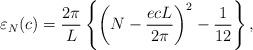
LaTeX: \begin{align*} {\varepsilon}_N(c)=\frac{2 \pi}{L}\left\{\left( N- \frac{ecL}{2 \pi} \right)^2-\frac{1}{12}\right\},\end{align*}